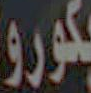
بكوروا